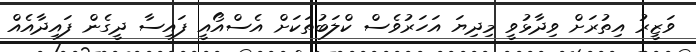
ވަޒީރު އިތުރަށް ވިދާޅުވީ މިދިޔަ އަހަރުވެސް ކްލަބުތަކަށް އެސްއޯއީ ފައިސާ ދީގެން ފައިދާއެއް